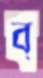
ব্